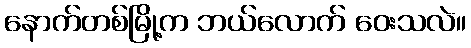
နောက်တစ်မြို့က ဘယ်လောက် ဝေးသလဲ။